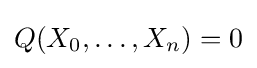
Q(X_{0},\ldots ,X_{n})=0